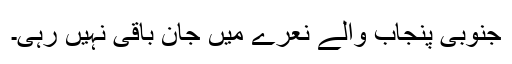
جنوبی پنجاب والے نعرے میں جان باقی نہیں رہی۔